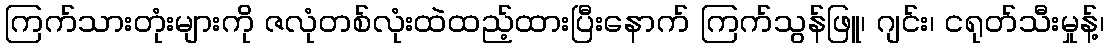
ကြက်သားတုံးများကို ဇလုံတစ်လုံးထဲထည့်ထားပြီးနောက် ကြက်သွန်ဖြူ၊ ဂျင်း၊ ငရုတ်သီးမှုန့်၊